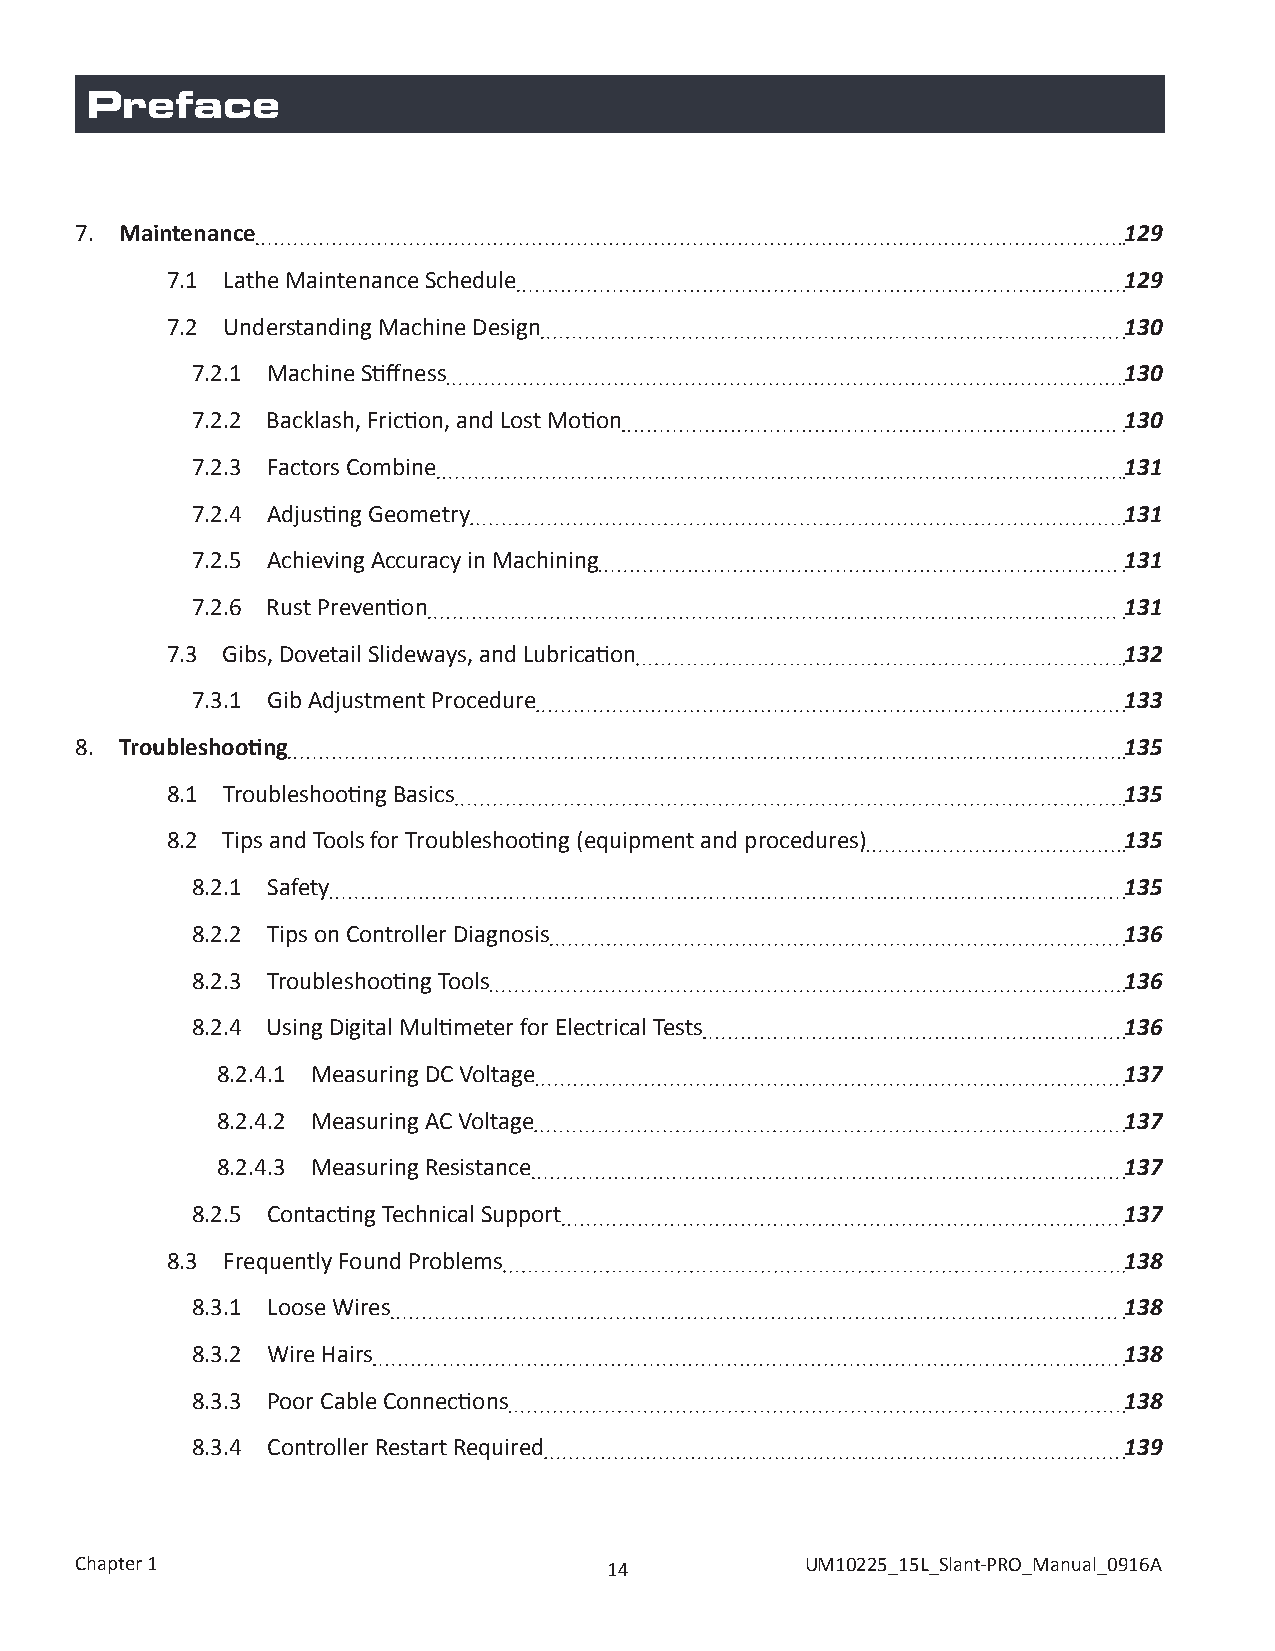
Preface
 7. Maintenance                                                       129
 7.1 Lathe Maintenance Schedule                                 129
 7.2 Understanding Machine Design                               130
 7.2.1 Machine Stiffness                                      130
 7.2.2 Backlash, Friction, and Lost Motion                    130
 7.2.3 Factors Combine                                        131
 7.2.4 Adjusting Geometry                                     131
 7.2.5 Achieving Accuracy in Machining                        131
 7.2.6 Rust Prevention                                        131
 7.3 Gibs, Dovetail Slideways, and Lubrication                  132
 7.3.1 Gib Adjustment Procedure                               133
 8. Troubleshooting                                                   135
 8.1 Troubleshooting Basics                                     135
 8.2 Tips and Tools for Troubleshooting (equipment and procedures) 135
 8.2.1 Safety                                                 135
 8.2.2 Tips on Controller Diagnosis                           136
 8.2.3 Troubleshooting Tools                                  136
 8.2.4 Using Digital Multimeter for Electrical Tests          136
 8.2.4.1 Measuring DC Voltage                                137
 8.2.4.2 Measuring AC Voltage                                137
 8.2.4.3 Measuring Resistance                                137
 8.2.5 Contacting Technical Support                           137
 8.3 Frequently Found Problems                                  138
 8.3.1 Loose Wires                                            138
 8.3.2 Wire Hairs                                             138
 8.3.3 Poor Cable Connections                                 138
 8.3.4 Controller Restart Required                            139
 Chapter 1                          14           UM10225_15L_Slant-PRO_Manual_0916A